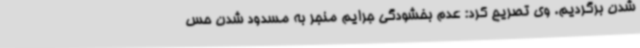
شدن برگردیم. وی تصریح کرد: عدم بخشودگی جرایم منجر به مسدود شدن حس